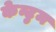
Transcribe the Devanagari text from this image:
केन्टुम